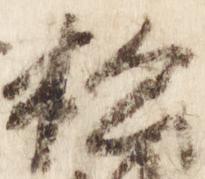
松